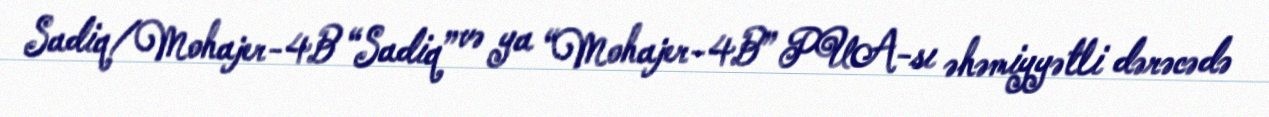
Sadiq/Mohajer-4B “Sadiq” və ya “Mohajer-4B” PUA-sı əhəmiyyətli dərəcədə